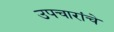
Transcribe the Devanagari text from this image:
उपचारांचे